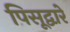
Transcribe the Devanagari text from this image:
पिसूद्वारे